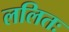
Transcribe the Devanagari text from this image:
ललितः